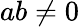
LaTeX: ab\neq 0